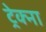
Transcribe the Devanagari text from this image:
ट्रेक्ना